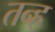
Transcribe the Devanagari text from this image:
तन्ह